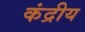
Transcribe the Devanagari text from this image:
कंद्रीय